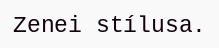
Zenei stílusa.